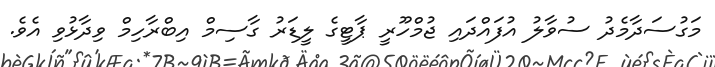
މަގުސަދާމެދު ސުވާލު އުފައްދައި ޖުމްހޫރީ ޕާޓީގެ ލީޑަރު ގާސިމް އިބްރާހިމް ވިދާޅުވި އެވެ.